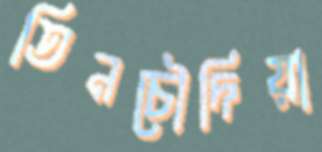
তিনচৌদিয়া